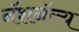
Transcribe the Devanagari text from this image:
नॅशनॅल्य